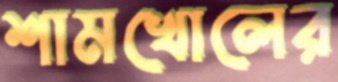
শামখোলের